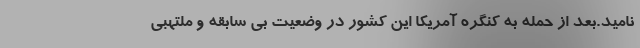
نامید.بعد از حمله به کنگره آمریکا این کشور در وضعیت بی سابقه و ملتهبی